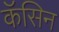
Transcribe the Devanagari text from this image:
कॅसिन